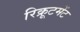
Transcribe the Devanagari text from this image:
रिक्रूटमेंट